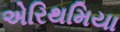
એરિથમિયા